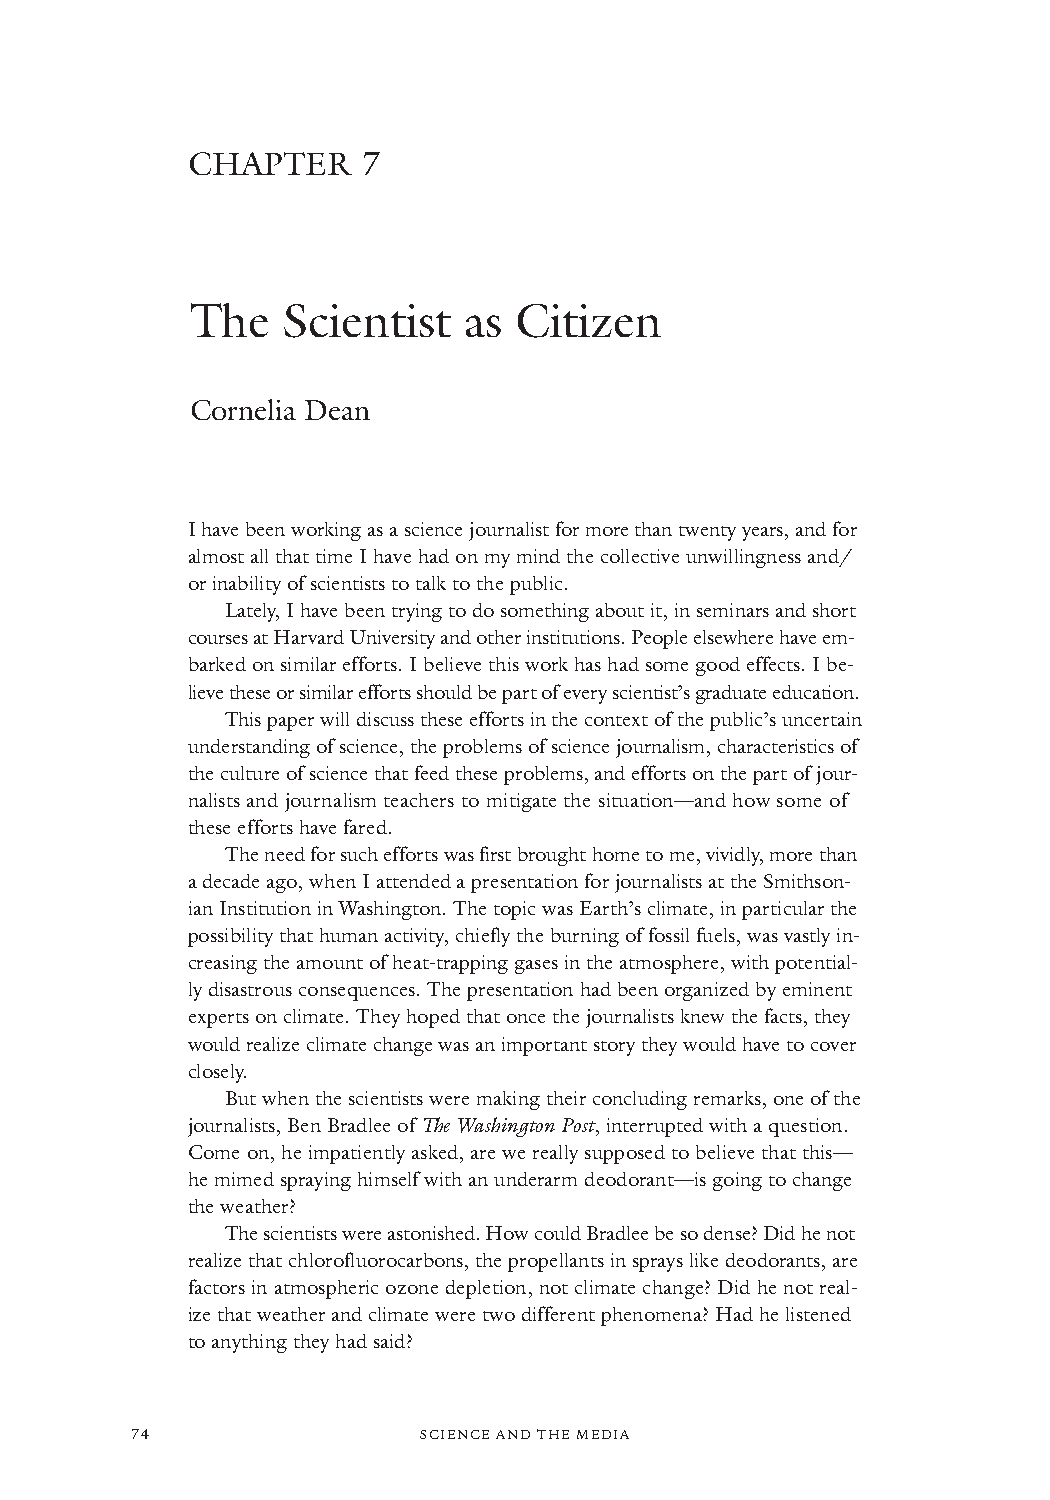
CHAPTER     7
 The   Scientist   as Citizen
 Cornelia Dean
 I have been working as a science journalist for more than twenty years, and for
 almost all that time I have had on my mind the collective unwillingness and/
 or inability of scientists to talk to the public.
 Lately, I have been trying to do something about it, in seminars and short
 courses at Harvard University and other institutions. People elsewhere have em-
 barked on similar efforts. I believe this work has had some good effects. I be-
 lieve these or similar efforts should be part of every scientist’s graduate education.
 This paper will discuss these efforts in the context of the public’s uncertain
 understanding of science, the problems of science journalism, characteristics of
 the culture of science that feed these problems, and efforts on the part of jour-
 nalists and journalism teachers to mitigate the situation—and how some of
 these efforts have fared.
 The need for such efforts was first brought home to me, vividly, more than
 a decade ago, when I attended a presentation for journalists at the Smithson-
 ian Institution in Washington. The topic was Earth’s climate, in particular the
 possibility that human activity, chiefly the burning of fossil fuels, was vastly in-
 creasing the amount of heat-trapping gases in the atmosphere, with potential-
 ly disastrous consequences. The presentation had been organized by eminent
 experts on climate. They hoped that once the journalists knew the facts, they
 would realize climate change was an important story they would have to cover
 closely.
 But when the scientists were making their concluding remarks, one of the
 journalists, Ben Bradlee of The Washington Post, interrupted with a question.
 Come on, he impatiently asked, are we really supposed to believe that this—
 he mimed spraying himself with an underarm deodorant—is going to change
 the weather?
 The scientists were astonished. How could Bradlee be so dense? Did he not
 realize that chlorofluorocarbons, the propellants in sprays like deodorants, are
 factors in atmospheric ozone depletion, not climate change? Did he not real-
 ize that weather and climate were two different phenomena? Had he listened
 to anything they had said?
 74                 SSCCIIEENNCCEE AANNDD TTHHEE MMEEDDIIAA